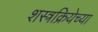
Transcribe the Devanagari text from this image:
शस्त्रक्रियेच्या